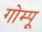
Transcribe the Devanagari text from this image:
गोम्‍पू